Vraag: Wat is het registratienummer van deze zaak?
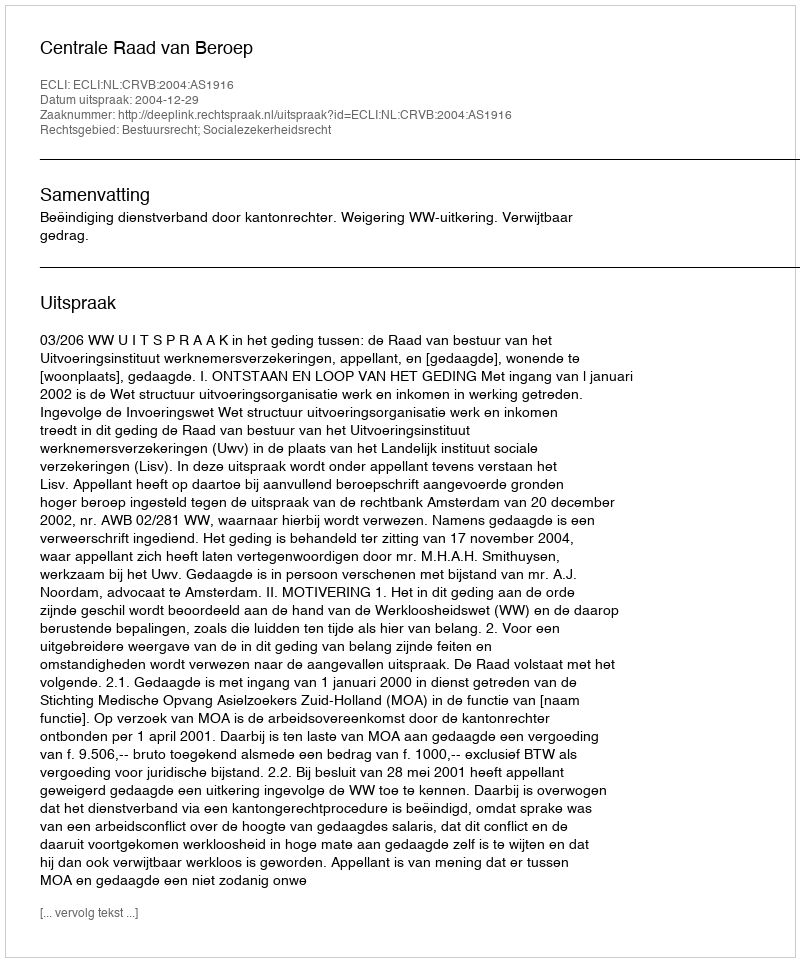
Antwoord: http://deeplink.rechtspraak.nl/uitspraak?id=ECLI:NL:CRVB:2004:AS1916